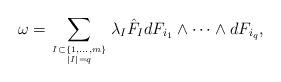
LaTeX: \begin{align*}\omega = \sum_{I\subset \{1,\dots,m\} \atop |I|=q}\lambda_I \hat{F}_I dF_{i_1}\wedge \dots \wedge dF_{i_q},\end{align*}